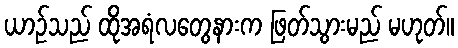
ယာဉ်သည် ထိုအရံလတွေနားက ဖြတ်သွားမည် မဟုတ်။